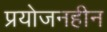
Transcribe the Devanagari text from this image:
प्रयोजनहीन